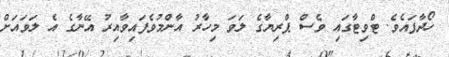
ހޯދާފައެވެ. ޓްވިޓާގައި ވެސް ޕްރިޔާގެ ލަވަ މިހާރު އާންމުވެފައިވާއިރު އޭނާގެ އެ ލަވައަށް